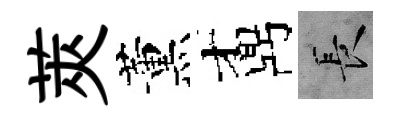
莢薰鼒长